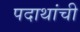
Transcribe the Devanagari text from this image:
पदाथांची